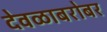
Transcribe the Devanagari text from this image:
देवळाबरोबर